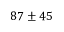
8 7 \pm 4 5